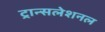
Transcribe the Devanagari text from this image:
ट्रान्सलेशनल